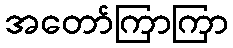
အတော်ကြာကြာ